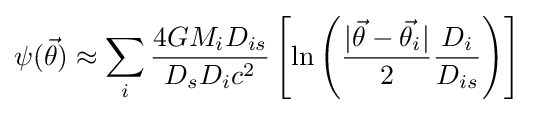
\psi ({\vec {\theta }})\approx \sum _{i}{\frac {4GM_{i}D_{is}}{D_{s}D_{i}c^{2}}}\left[\ln \left({|{\vec {\theta }}-{\vec {\theta }}_{i}| \over 2}{D_{i} \over D_{is}}\right)\right]